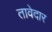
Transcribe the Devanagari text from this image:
तावेदार